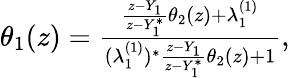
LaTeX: \begin{array}{r}{\theta_{1}(z)=\frac{\frac{z-Y_{1}}{z-Y_{1}^{*}}\theta_{2}(z)+\lambda_{1}^{(1)}}{(\lambda_{1}^{(1)})^{*}\frac{z-Y_{1}}{z-Y_{1}^{*}}\theta_{2}(z)+1},}\end{array}